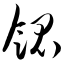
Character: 馄